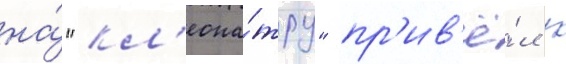
на́ "кл'еопа́тру" пр'ив'ё́л к